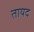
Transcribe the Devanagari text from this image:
तायद